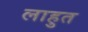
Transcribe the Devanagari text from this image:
लाहुत